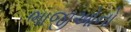
ભાજીઓનો